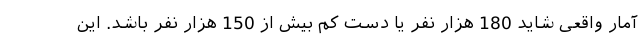
آمار واقعی شاید 180 هزار نفر یا دست کم بیش از 150 هزار نفر باشد. این